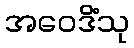
အဝေဒိံသု